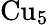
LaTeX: \mathrm{Cu}_{5}